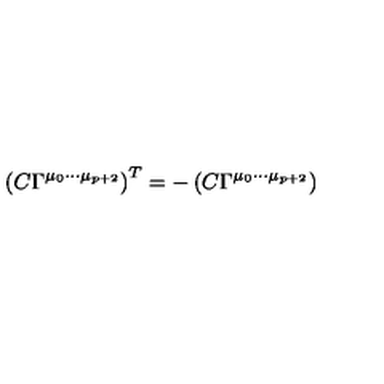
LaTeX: \left( C \Gamma ^ { \mu _ { 0 } \cdots \mu _ { p + 2 } } \right) ^ { T } = - \left( C \Gamma ^ { \mu _ { 0 } \cdots \mu _ { p + 2 } } \right)